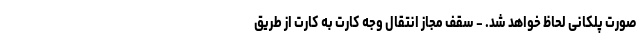
صورت پلکانی لحاظ خواهد شد. - سقف مجاز انتقال وجه کارت به کارت از طریق